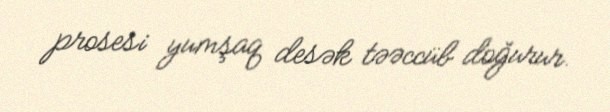
prosesi yumşaq desək təəccüb doğurur.